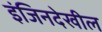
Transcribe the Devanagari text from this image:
इंजिनदेखील